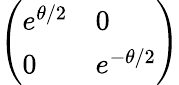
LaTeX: \left(\begin{array}{ll}{e^{\theta/2}}&{0}\\ {0}&{e^{-\theta/2}}\end{array}\right)